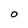
Character: O